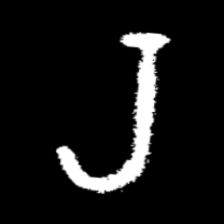
Pyu character \u2014 Myanmar letter: ရ (romanized: ra)